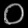
Digit: ၀